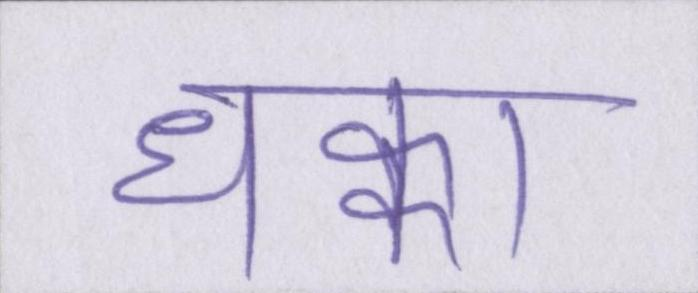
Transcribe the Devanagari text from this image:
धक्का